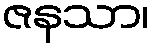
ဇနသာ၊